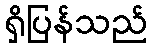
ရှိပြန်သည်